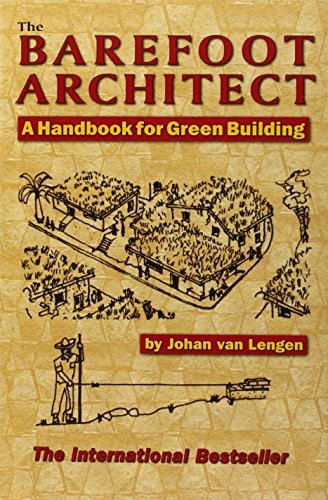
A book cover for The Barefoot Architect; Johan van Lengen; Arts & Photography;